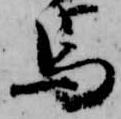
馬